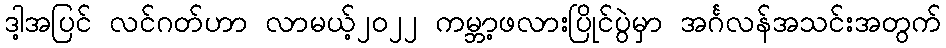
ဒါ့အပြင် လင်ဂတ်ဟာ လာမယ့်၂၀၂၂ ကမ္ဘာ့ဖလားပြိုင်ပွဲမှာ အင်္ဂလန်အသင်းအတွက်